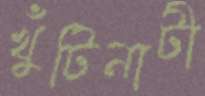
খুঁটিনাটী